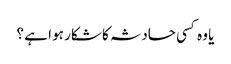
یا وہ کسی حادثہ کا شکار ہو ا ہے ؟